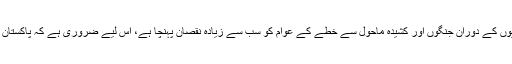
اجلاس میں شریک تقریباً تمام قانون ساز اس بات پر متفق دیکھائی دیے کہ گزشتہ چھ دہائیوں کے دوران جنگوں اور کشیدہ ماحول سے خطے کے عوام کو سب سے زیادہ نقصان پہنچا ہے، اس لیے ضروری ہے کہ پاکستان اور بھارت ماضی کی پالیسیوں کو پس پشت ڈال کر پائیدار امن کی طرف پیش رفت کریں۔